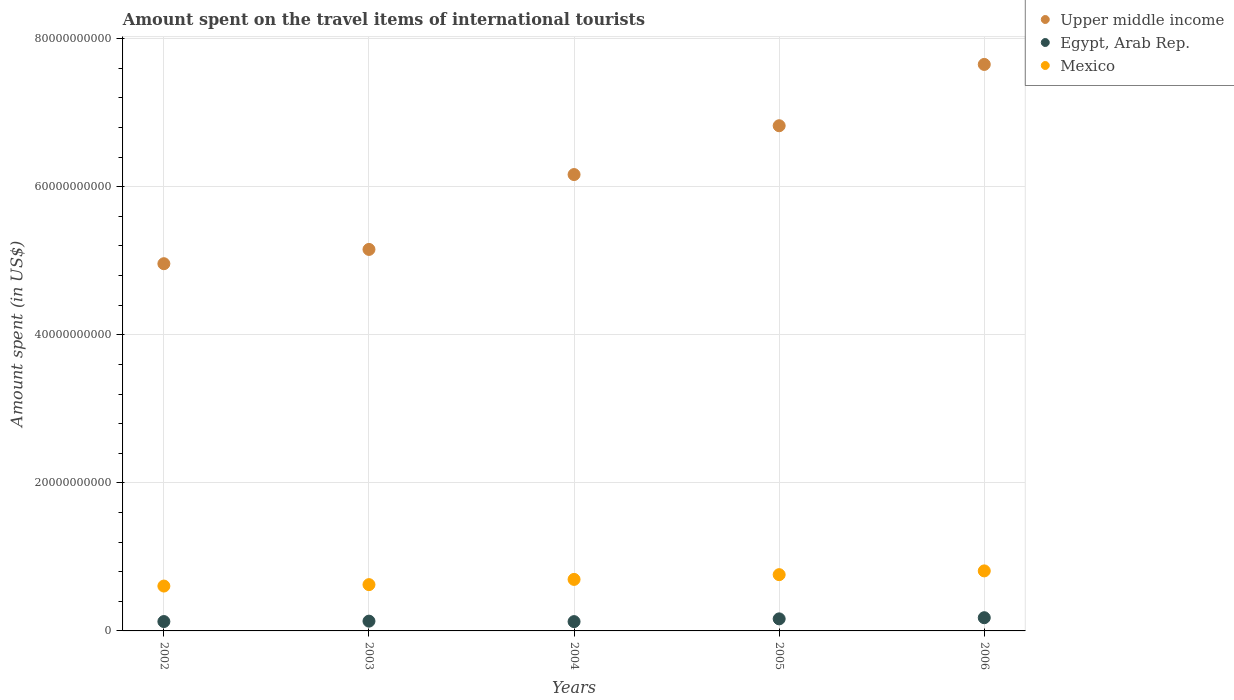
| Years | Upper middle income | Egypt, Arab Rep. | Mexico |
 | --- | --- | --- | --- |
 | 2002 | 4.96e+10 | 1.27e+09 | 6.06e+09 |
 | 2003 | 5.15e+10 | 1.32e+09 | 6.25e+09 |
 | 2004 | 6.16e+10 | 1.26e+09 | 6.96e+09 |
 | 2005 | 6.82e+10 | 1.63e+09 | 7.6e+09 |
 | 2006 | 7.65e+10 | 1.78e+09 | 8.11e+09 |